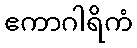
ဧကာဂါရိကံ